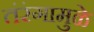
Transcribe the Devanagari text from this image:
तंरंगामुळे